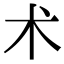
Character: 术